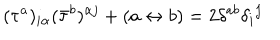
LaTeX: ( \tau ^ { a } ) _ { i \alpha } ( \bar { \tau } ^ { b } ) ^ { \alpha j } + ( a \leftrightarrow b ) = 2 \delta ^ { a b } \delta _ { i } { } ^ { j }